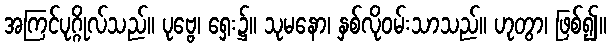
အကြင်ပုဂ္ဂိုလ်သည်။ ပုဗ္ဗေ၊ ရှေး၌။ သုမနော၊ နှစ်လိုဝမ်းသာသည်။ ဟုတွာ၊ ဖြစ်၍။